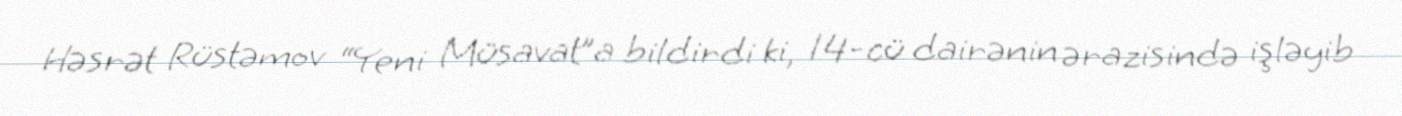
Həsrət Rüstəmov “Yeni Müsavat”a bildirdi ki, 14-cü dairənin ərazisində işləyib